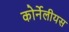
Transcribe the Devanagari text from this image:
कोर्नेलीयस